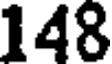
148